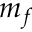
m _ { f }